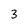
Character: 3